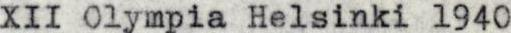
XII Olympia Helsinki 1940